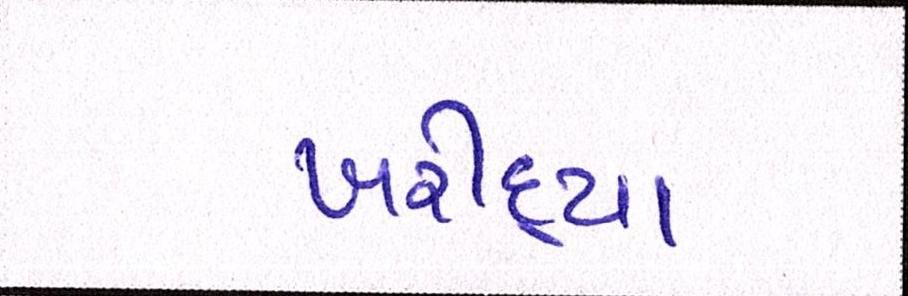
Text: ખરીદ્યા